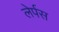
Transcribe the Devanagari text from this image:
लेर्पस